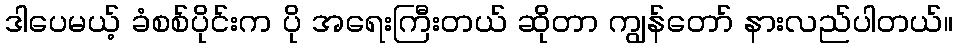
ဒါပေမယ့် ခံစစ်ပိုင်းက ပို အရေးကြီးတယ် ဆိုတာ ကျွန်တော် နားလည်ပါတယ်။